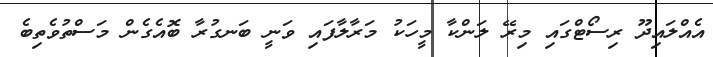
އެއްލައިދޫ ރިސޯޓްގައި މިރޭ ލަންކާ މީހަކު މަރާލާފައި ވަނީ ބަނގުރާ ބޮއެގެން މަސްތުވެތިބެ